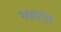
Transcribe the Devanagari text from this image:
भहरात